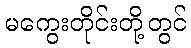
မကွေးတိုင်းတို့တွင်